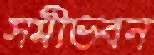
সমীভবন